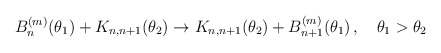
\begin{align*}B^{(m)}_{n}(\theta _{1})+K_{n,n+1}(\theta _{2})\to K_{n,n+1}(\theta _{2})+B^{(m)}_{n+1}(\theta _{1})\,,\quad \theta _{1}>\theta _{2}\end{align*}